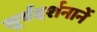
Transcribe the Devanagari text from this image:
सूर्यदर्शनानें